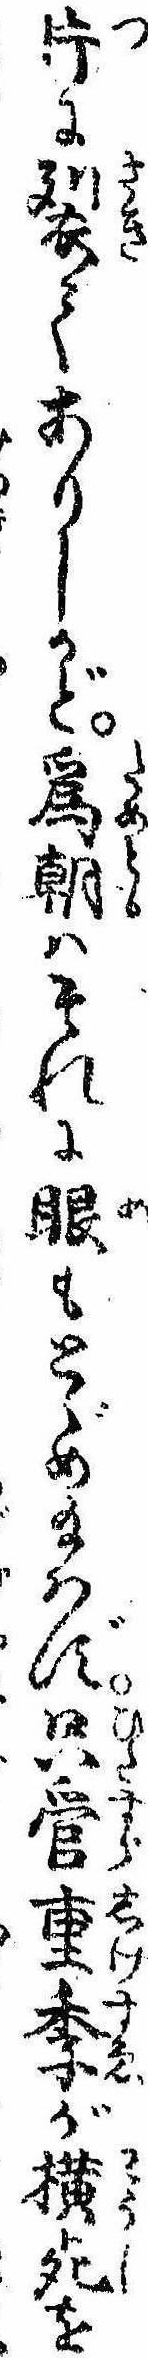
片に裂てありしかど為朝はそれに眼もとゞめ給はず只管重季が横死を